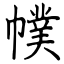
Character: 幞